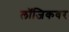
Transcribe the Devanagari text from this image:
लॉजिकवर